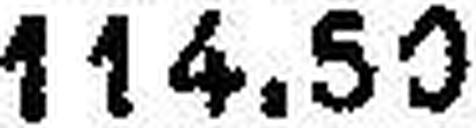
114.50